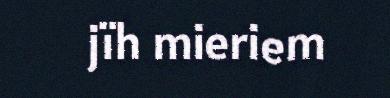
jïh mieriem